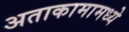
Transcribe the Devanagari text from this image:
अताकामामध्ये